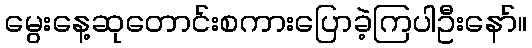
မွေးနေ့ဆုတောင်းစကားပြောခဲ့ကြပါဦးနော်။